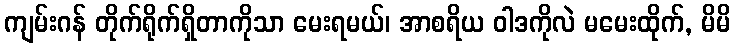
ကျမ်းဂန် တိုက်ရိုက်ရှိတာကိုသာ မေးရမယ်၊ အာစရိယ ဝါဒကိုလဲ မမေးထိုက်, မိမိ